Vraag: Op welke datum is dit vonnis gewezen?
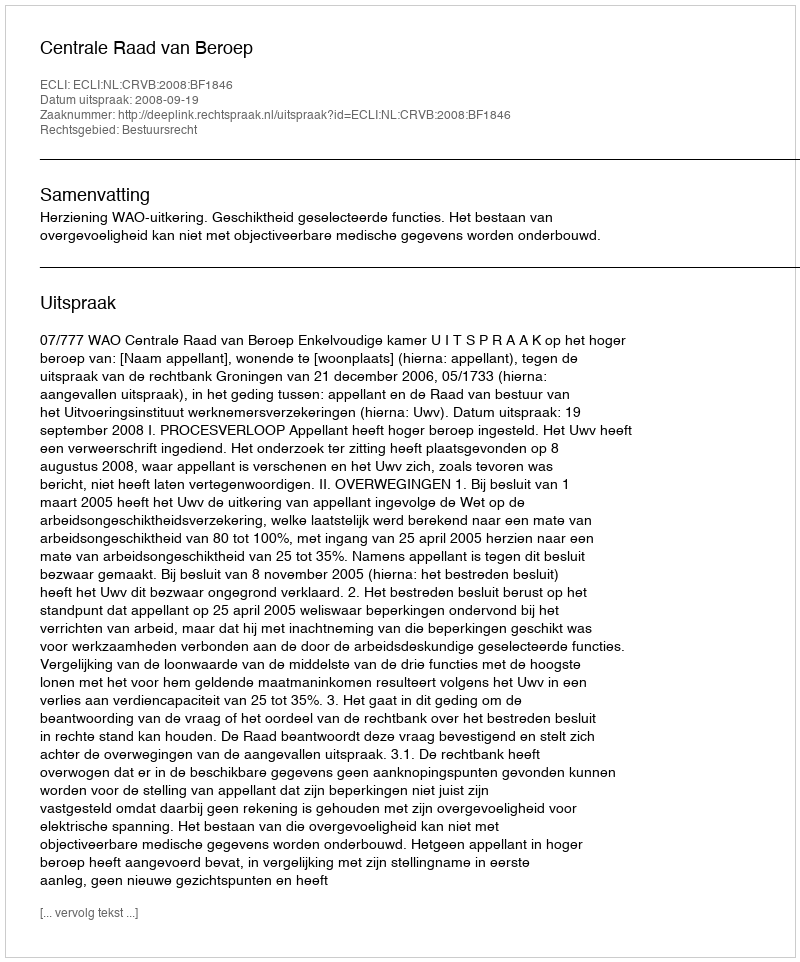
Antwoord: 2008-09-19